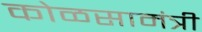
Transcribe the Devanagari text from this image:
कोळसामंत्री